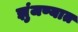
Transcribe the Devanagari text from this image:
झुंजण्यात